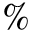
\%